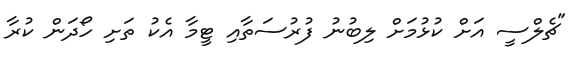
"ޗެލްސީ އަށް ކުޅުމަށް ލިބުނު ފުރުސަތާއި ޓީމާ އެކު ތަށި ހޯދަން ކުރާ